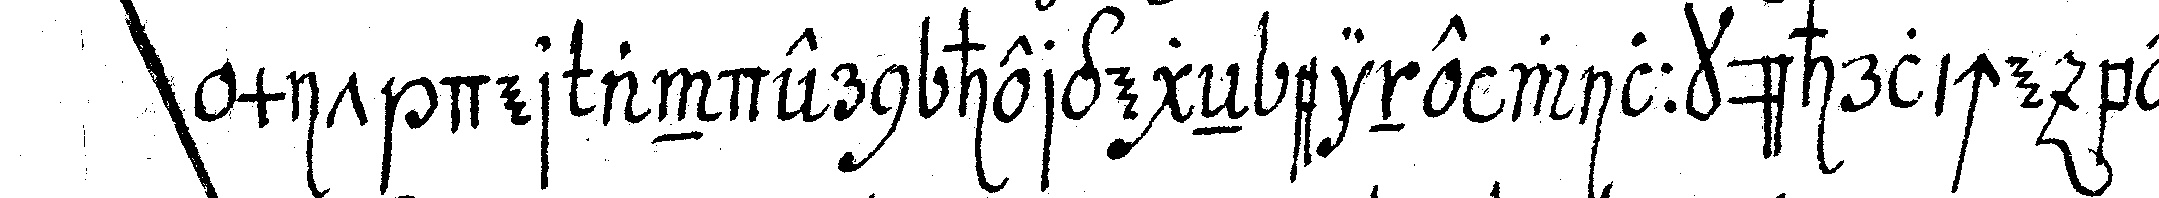
mit der andern hergegeN eine willkührliche bewe